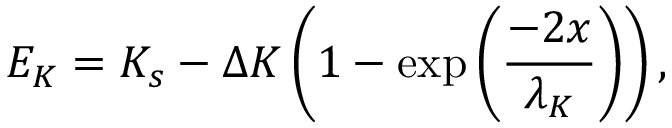
E _ { K } = K _ { s } - \Delta K \left( 1 - \exp \left( \frac { - 2 x } { \lambda _ { K } } \right) \right) ,